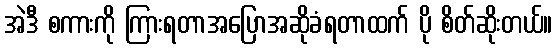
အဲဒီ စကားကို ကြားရတာအပြောအဆိုခံရတာထက် ပို စိတ်ဆိုးတယ်။